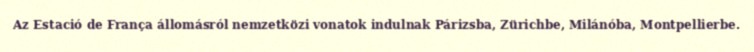
Az Estació de França állomásról nemzetközi vonatok indulnak Párizsba, Zürichbe, Milánóba, Montpellierbe.